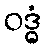
ဝဒ္ဓံ